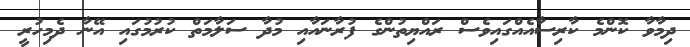
ދިމާވާ ކޮންމެ ކާރިސާއެއްގައިވެސް ރައްޔިތުންގެ ފުރާނައާއި މުދާ ސަލާމަތް ކުރުމުގައި އޭނާ ދެމިހުރީ